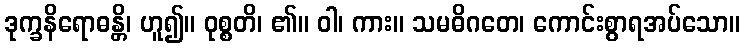
ဒုက္ခနိရောဓန္တိ၊ ဟူ၍။ ဝုစ္စတိ၊ ၏။ ဝါ၊ ကား။ သမဓိဂတေ၊ ကောင်းစွာရအပ်သော။